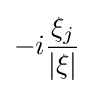
-i{\frac {\xi _{j}}{|\xi |}}